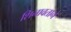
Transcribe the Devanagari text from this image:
शिनावताने